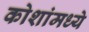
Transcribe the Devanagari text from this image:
कोशांमध्ये